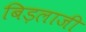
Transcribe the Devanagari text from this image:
बिड़लाजी